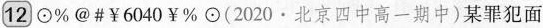
12 \odot % @ # ￥6040￥ \odot （2020·北京四中高一期中）某罪犯面